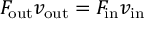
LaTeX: F _ { \mathrm { o u t } } v _ { \mathrm { o u t } } = F _ { \mathrm { i n } } v _ { \mathrm { i n } }